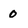
Character: 0